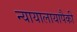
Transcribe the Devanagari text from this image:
न्यायालायापैकी